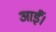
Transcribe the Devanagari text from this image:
आर्ई।